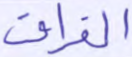
الفراق